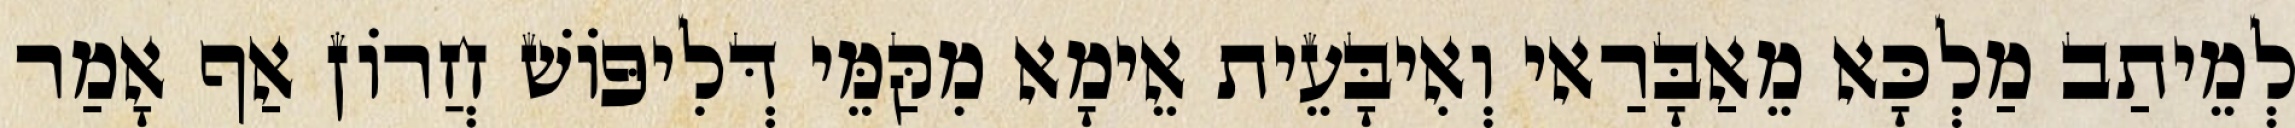
לְמֵיתַב מַלְכָּא מֵאַבָּרַאי וְאִיבָּעֵית אֵימָא מִקַּמֵּי דְּלִיפּוֹשׁ חֲרוֹן אַף אָמַר